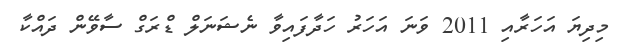
މިދިޔަ އަހަރާއި 2011 ވަނަ އަހަރު ހަދާފައިވާ ނެޝަނަލް ޑްރަގް ސާވޭން ދައްކާ